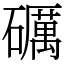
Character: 礪